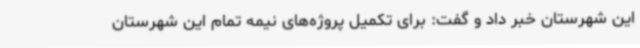
این شهرستان خبر داد و گفت: برای تکمیل پروژه‌های نیمه تمام این شهرستان